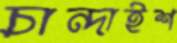
চান্দাইশ